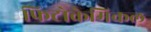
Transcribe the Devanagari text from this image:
फिटोकेमिकल